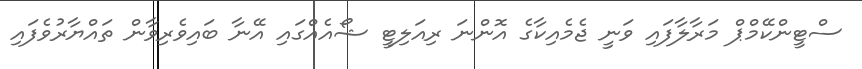
ސްޓީންކޭމްޕް މަރާލާފައި ވަނީ ޖެމެއިކާގެ އޮންނަ ރިއަލިޓީ ޝޯއެއްގައި އޭނާ ބައިވެރިވާން ތައްޔާރުވެފައި